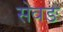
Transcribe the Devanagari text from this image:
सेवङ